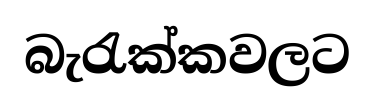
බැරැක්කවලට